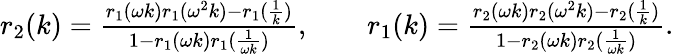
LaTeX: \begin{array}{r}{r_{2}(k)=\frac{r_{1}(\omega k)r_{1}(\omega^{2}k)-r_{1}(\frac{1}{k})}{1-r_{1}(\omega k)r_{1}(\frac{1}{\omega k})},\qquad r_{1}(k)=\frac{r_{2}(\omega k)r_{2}(\omega^{2}k)-r_{2}(\frac{1}{k})}{1-r_{2}(\omega k)r_{2}(\frac{1}{\omega k})}.}\end{array}